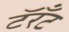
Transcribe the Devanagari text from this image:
टॅरँट